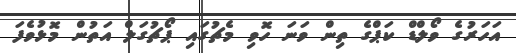
އަހަރުގެ ވޯލްޑް ކަޕްގެ ތިން ވަނަ ހޮވި މެޗުގައި ޕޯޗުގަލް އަތުން މޮޅުވެފަ